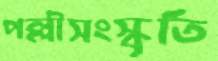
পল্লীসংস্কৃতি